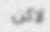
لاكن